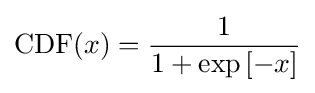
{\text{CDF}}(x)={\frac {1}{1+\exp \left[-x\right]}}